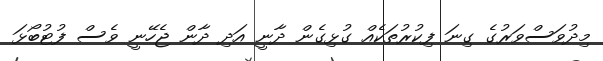
މިދުވަސްވަރުގެ ގިނަ ފިކުރުތަކެއް ގުޅިގެން ދާނީ އަދި ދާން ޖެހޭނީ ވެސް ފުޓުބޯޅަ